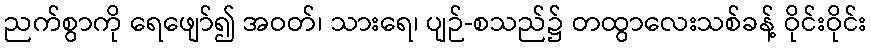
ညက်စွာကို ရေဖျော်၍ အဝတ်၊ သားရေ၊ ပျဉ်-စသည်၌ တထွာလေးသစ်ခန့် ဝိုင်းဝိုင်း